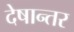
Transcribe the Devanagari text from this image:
देषान्‍तर